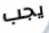
يجب